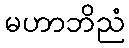
မဟာဘိညံ